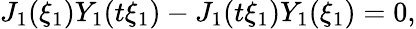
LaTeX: J_{1}(\xi_{1})Y_{1}(t\xi_{1})-J_{1}(t\xi_{1})Y_{1}(\xi_{1})=0,